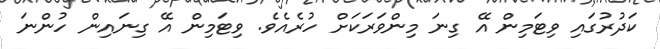
ކަދުރުގައި ވިޓަމިން އޭ ގިނަ މިންވަރަކަށް ހުރެއެވެ. ވިޓަމިން އޭ ގިނައިން ހުންނަ